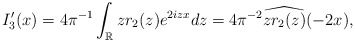
\begin{align*}\begin{aligned}I_3'(x) =4\pi^{-1} \int_{\mathbb{R}} z r_2(z) e^{2izx}d z = 4\pi^{-2} \widehat{z r_2(z)}(-2x),\end{aligned}\end{align*}